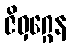
ဇိဝှဂ္ဂေန